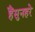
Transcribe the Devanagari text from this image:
हैंसुनहरे